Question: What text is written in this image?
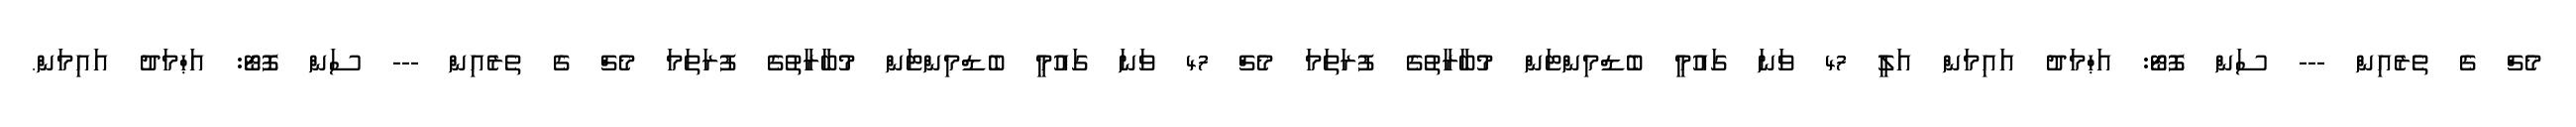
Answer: މެޗް ގެ ތެރެއިން --- ސަން ފޮޓޯ: އަޙްމަދު އައިމަން އަލީ 47 ވަނަ ގައުމީ ބެޑްމިންޓަން މުބާރާތުގެ ފުރަތަމަ މެޗް 47 ވަނަ ގައުމީ ބެޑްމިންޓަން މުބާރާތުގެ ފުރަތަމަ މެޗް ގެ ތެރެއިން --- ސަން ފޮޓޯ: އަޙްމަދު އައިމަން.